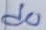
Text: d0